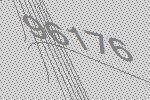
96176